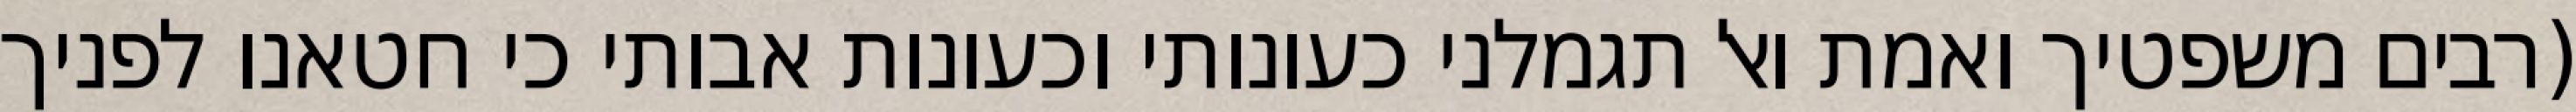
(רבים משפטיך ואמת ואל תגמלני כעונותי וכעונות אבותי כי חטאנו לפניך